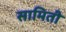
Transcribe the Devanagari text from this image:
सामिती